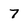
Character: 7